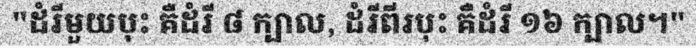
"ដំរីមួយបុះ គឺដំរី ៨ ក្បាល, ដំរីពីរបុះ គឺដំរី ១៦ ក្បាល។"